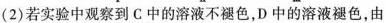
（2）若实验中观察到C中的溶液不褪色，D中的溶液褪色，由